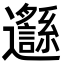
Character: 邎